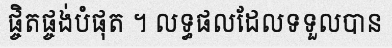
ផ្ចិតផ្ចង់បំផុត ។ លទ្ធផលដែលទទួលបាន